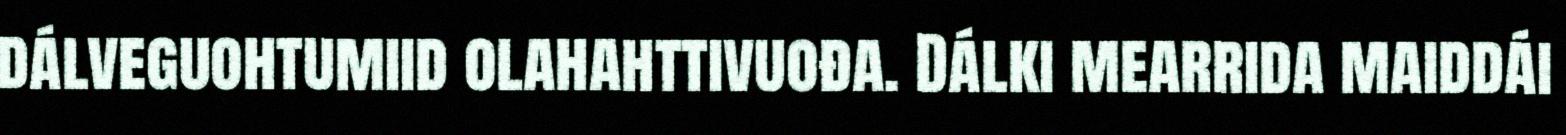
dálveguohtumiid olahahttivuođa. Dálki mearrida maiddái